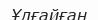
Ұлғайған